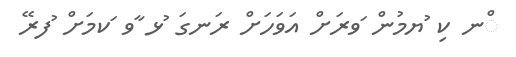
ްނ ކި ުޔމުން ަވރަށް އަވަހަށް ރަނގަ ުޅ ާވ ަކމަށް ުފރޭ